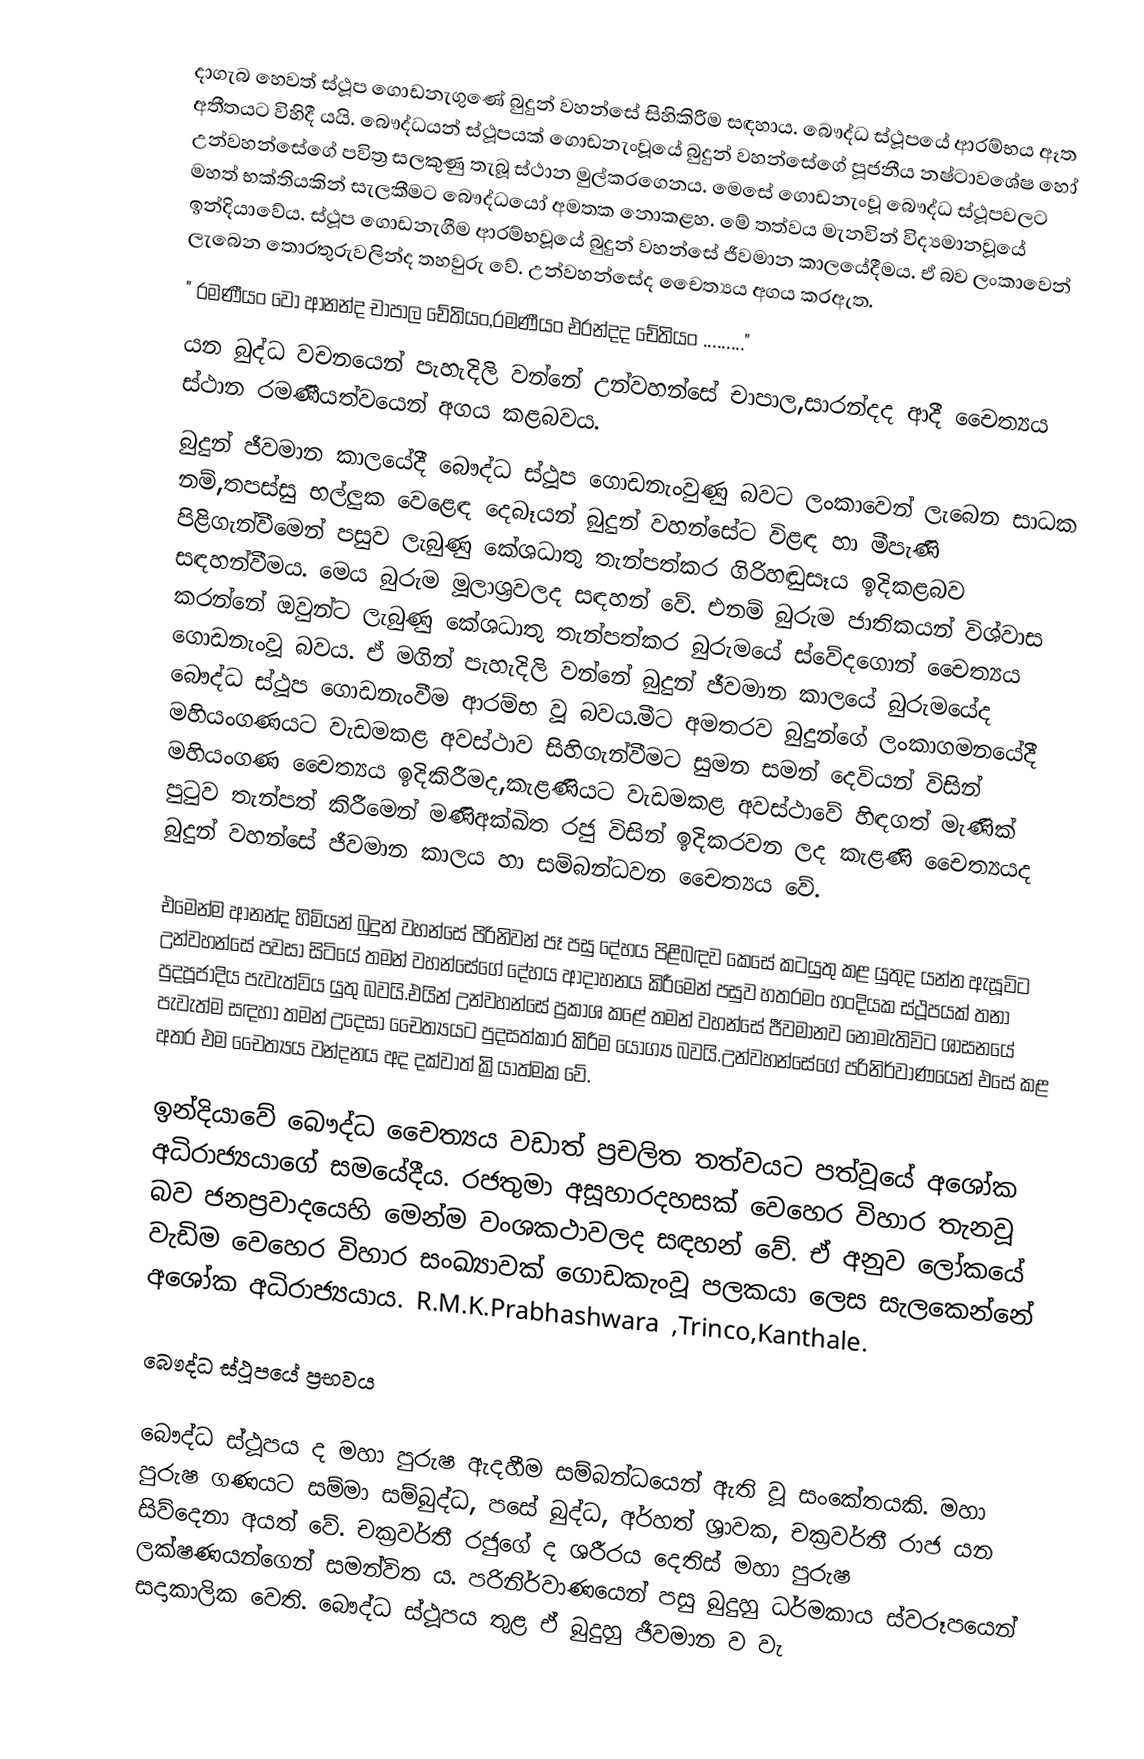
දාගැබ හෙවත් ස්ථූප ගොඩනැගුණේ බුදුන් වහන්සේ සිහිකිරීම සඳහාය. බෞද්ධ ස්ථූපයේ ආරම්භය ඈත අතීතයට විහිදී යයි. ‍බෞද්ධයන් ස්ථූපයක් ගොඩනැංවූයේ බුදුන් වහන්සේගේ පූජනීය නෂ්ටාවශේෂ හෝ උන්වහන්සේගේ පවිත්‍ර සලකුණු තැබූ ස්ථාන මුල්කරගෙනය. මෙසේ ගොඩනැංවූ  බෞද්ධ ස්ථූපවලට මහත් භක්තියකින් සැලකීමට බෞද්ධයෝ අමතක නොකළහ. ‍මේ තත්වය මැනවින් විද්‍යමානවූයේ ඉන්දියාවේය. ස්ථූප ගොඩනැගීම ආරම්භවූයේ බුදුන් වහන්සේ ජීවමාන කාලයේදීමය. ඒ බව ලංකාවෙන් ලැබෙන තොරතුරුවලින්ද තහවුරු වේ. උන්වහන්සේද චෛත්‍යය අගය කරඇත.
	" රමණීයං වෝ ආනන්ද චාපාල චේතියං,රමණීයං එරන්දද චේතියං ........."
යන බුද්ධ වචනයෙන් පැහැදිලි වන්නේ උන්වහන්සේ චාපාල,සාරන්දද ආදී චෛත්‍යය ස්ථාන රමණීයත්වයෙන් අගය කළබවය.
බුදුන් ජීවමාන කාලයේදී බෞද්ධ ස්ථූප ගොඩනැංවුණු බවට ලංකාවෙන් ලැබෙන සාධක නම්,තපස්සු භල්ලුක වෙළෙඳ දෙබෑයන් බුදුන් වහන්සේට විළඳ හා මීපැණි පිළිගැන්වීමෙන් පසුව ලැබුණු කේශධාතු තැන්පත්කර ගිරිහඬුසෑය ඉදිකළබව සඳහන්වීමය. මෙය බුරුම මූලාශ්‍රවලද සඳහන් වේ. එනම් බුරුම ජාතිකයන් විශ්වාස කරන්නේ ඔවුන්ට ලැබුණු කේශධාතු තැන්පත්කර බුරුමයේ ස්වේදගොන් චෛත්‍යය ගොඩනැංවූ බවය. ඒ මගින් පැහැදිලි වන්නේ බුදුන් ජීවමාන කාලයේ බුරුමයේද බෞද්ධ ස්ථූප ගොඩනැංවීම ආරම්භ වූ බවය.මීට අමතරව බුදුන්ගේ ලංකාගමනයේදී මහියංගණයට වැඩමකළ අවස්ථාව සිහිගැන්වීමට සුමන සමන් දෙවියන් විසින් මහියංගණ චෛත්‍යය ඉදිකිරීමද,කැළණියට වැඩමකළ අවස්ථාවේ හිඳගත් මැණික් පුටුව තැන්පත් කිරීමෙන් මණිඅක්ඛිත රජු විසින් ඉදිකරවන ලද කැළණි චෛත්‍යයද බුදුන් වහන්සේ ජීවමාන කාලය හා සම්බන්ධවන චෛත්‍යය වේ.

එමෙන්ම ආනන්ද හිමියන් බුදුන් වහන්සේ පිරිනිවන් පෑ පසු දේහය පිළිබඳව කෙසේ කටයුතු කළ යුතුද යන්න ඇසූවිට උන්වහන්සේ පවසා සිටියේ තමන් වහන්සේගේ දේහය ආදාහනය කිරීමෙන් පසුව හතරමං හංදියක ස්ථූපයක් තනා පුදපූජාදිය පැවැත්විය යුතු බවයි.එයින් උන්වහන්සේ ප්‍රකාශ කළේ තමන් වහන්සේ ජීවමානව නොමැතිවිට ශාසනයේ පැවැත්ම සඳහා තමන් උදෙසා චෛත්‍යයට පුදසත්කාර කිරීම යෝග්‍ය බවයි.උන්වහන්සේගේ පරිනිර්වාණයෙන් එසේ කළ අතර එම චෛත්‍යය වන්දනය අද දක්වාත් ක්‍රියාත්මක වේ.

ඉන්දියාවේ බෞද්ධ චෛත්‍යය වඩාත් ප්‍රචලිත තත්වයට පත්වූයේ අ‍ශෝක අධිරාජ්‍යයාගේ සමයේදීය. රජතුමා අසූහාරදහසක් වෙහෙර විහාර තැනවූ බව ජනප්‍රවාදයෙහි මෙන්ම වංශකථාවලද සඳහන් වේ. ඒ අනුව ලෝකයේ වැඩිම වෙහෙර විහාර සංඛ්‍යාවක් ගොඩකැංවූ පලකයා ලෙස සැලකෙන්නේ අශෝක අධිරාජ්‍යයාය. R.M.K.Prabhashwara ,Trinco,Kanthale.

බෞද්ධ ස්ථූපයේ ප්‍රභවය

බෞද්ධ ස්ථූපය ද මහා පුරුෂ ඇදහීම සම්බන්ධයෙන් ඇති වූ සංකේතයකි. මහා පුරුෂ ගණයට සම්මා සම්බුද්ධ, පසේ බුද්ධ, අර්හත් ශ්‍රාවක, චක්‍රවර්තී රාජ යන සිව්දෙනා අයත් වේ. චක්‍රවර්තී රජුගේ ද ශරීරය දෙතිස් මහා පුරුෂ ලක්ෂණයන්ගෙන් සමන්විත ය. පරිනිර්වාණයෙන් පසු බුදුහු ධර්මකාය ස්වරූපයෙන් සදාකාලික වෙති. බෞද්ධ ස්ථූපය තුළ ඒ බුදුහු ජීවමාන ව වැ